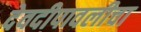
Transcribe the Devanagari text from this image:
देवदीपावलीचा